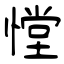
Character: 憆